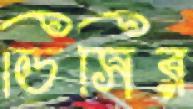
ডিসির